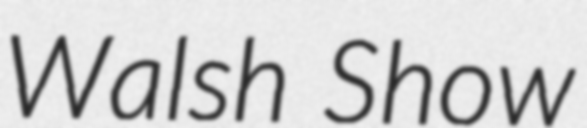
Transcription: Walsh Show